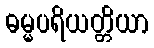
ဓမ္မပရိယတ္တိယာ